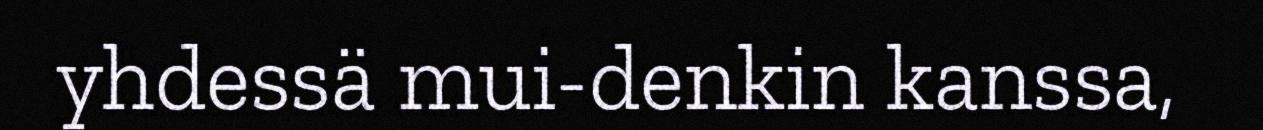
yhdessä mui-denkin kanssa,